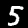
Label: 5